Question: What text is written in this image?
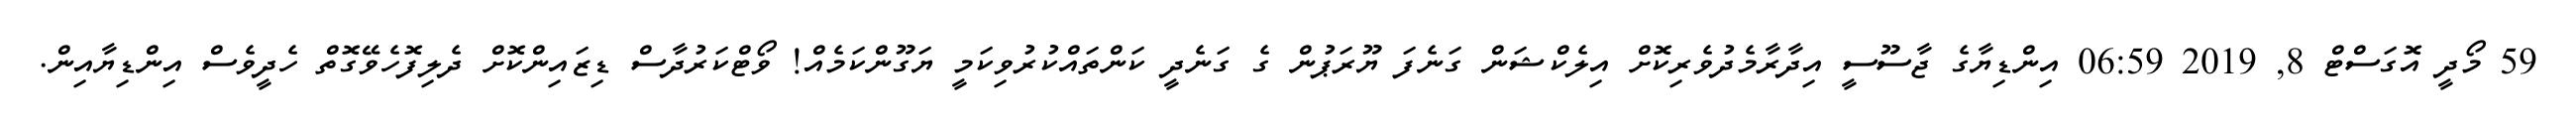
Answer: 59 މޯދީ އޮގަސްޓް 8, 2019 06:59 އިންޑިޔާގެ ޖާސޫސީ އިދާރާމެދުވެރިކޮށް އިލެކްޝަން ގަނެފަ ޔޫރަޕުން ގެ ގަނެދީ ކަންތައްކުރުވިކަމީ ޔަގޫންކަމެއް! ވޯޓްކަރުދާސް ޑިޒައިންކޮށް ދެލިފޮހެވޭގޮތް ހެދީވެސް އިންޑިޔާއިން.